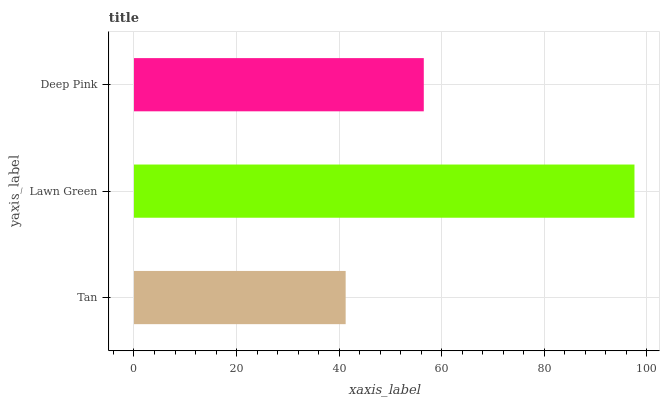
| yaxis_label | bars |
 | --- | --- |
 | Tan | 41.3 |
 | Lawn Green | 97.6 |
 | Deep Pink | 56.5 |